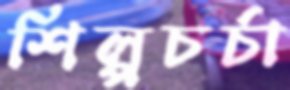
শিল্পচর্চা